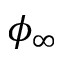
\phi _ { \infty }